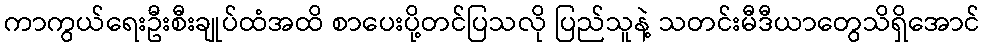
ကာကွယ်ရေးဦးစီးချုပ်ထံအထိ စာပေးပို့တင်ပြသလို ပြည်သူနဲ့ သတင်းမီဒီယာတွေသိရှိအောင်